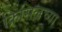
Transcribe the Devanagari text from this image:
क्रिसिलच्या